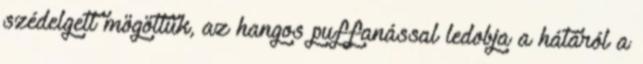
szédelgett mögöttük, az hangos puffanással ledobja a hátáról a